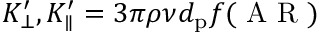
{ K _ { \bot } ^ { \prime } } , { K _ { \parallel } ^ { \prime } } = 3 \pi \rho \nu d _ { \mathrm { p } } f ( \textrm { A R } )